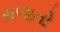
મળાતો